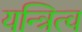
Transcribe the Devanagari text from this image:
यन्त्रित्व